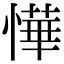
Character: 㦊